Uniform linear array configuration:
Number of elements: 48
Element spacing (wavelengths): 0.75
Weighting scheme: blackman
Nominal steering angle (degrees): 15
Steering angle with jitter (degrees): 16.226
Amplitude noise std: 0.05
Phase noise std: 0.05

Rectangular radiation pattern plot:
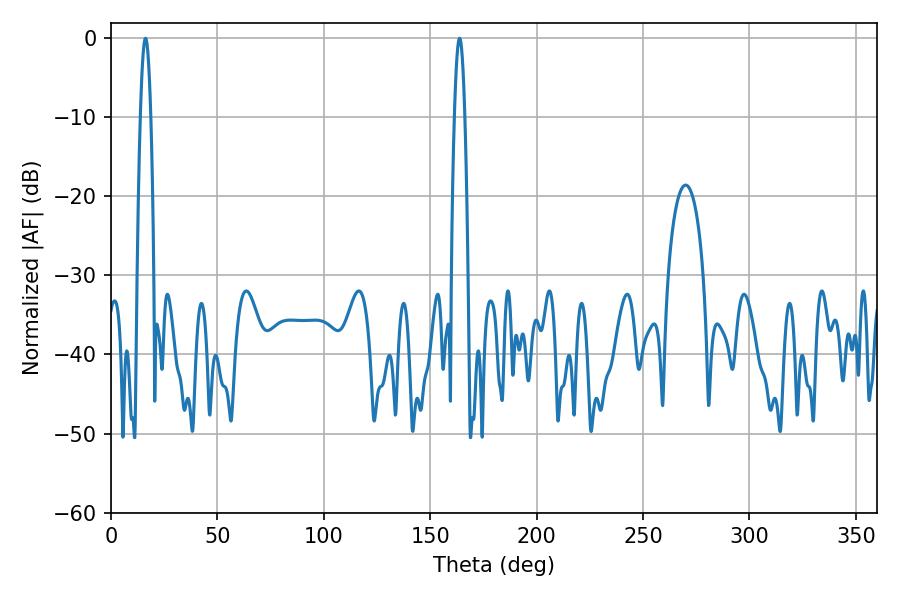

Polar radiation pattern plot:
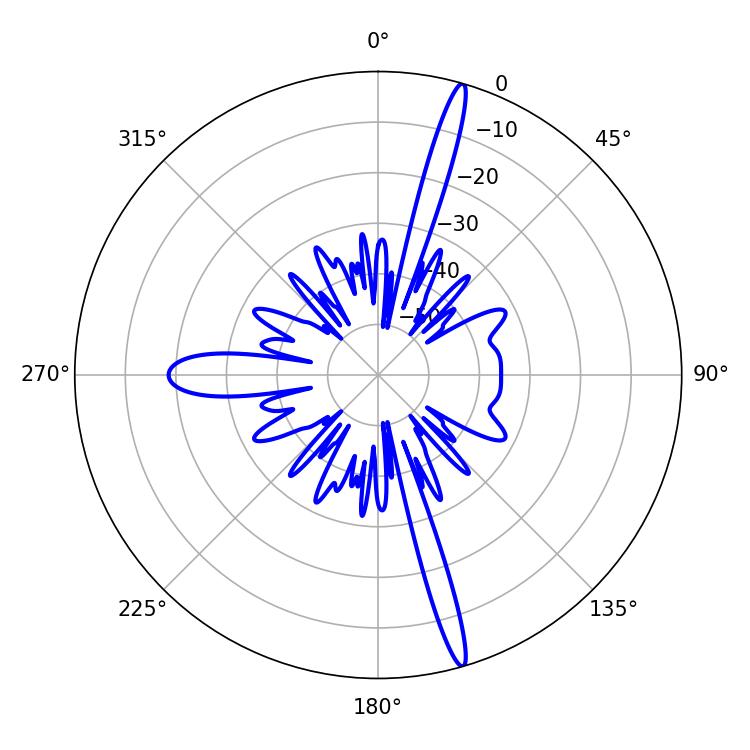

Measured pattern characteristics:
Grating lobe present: TRUE
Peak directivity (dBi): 18.787
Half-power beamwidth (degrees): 2.52
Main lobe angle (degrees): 16.2